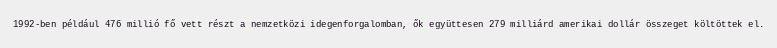
1992-ben például 476 millió fő vett részt a nemzetközi idegenforgalomban, ők együttesen 279 milliárd amerikai dollár összeget költöttek el.